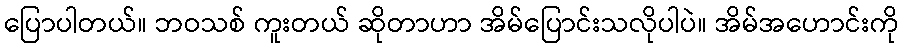
ပြောပါတယ်။ ဘဝသစ် ကူးတယ် ဆိုတာဟာ အိမ်ပြောင်းသလိုပါပဲ။ အိမ်အဟောင်းကို